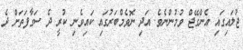
ޖުލައިގައި އެންގޭޖް ވުމުންނެވެ. އަދި ނޮވެމްބަރުގައި ކައިވެނި ކުރީ ދެ ސަގާފަތަށް ދެ